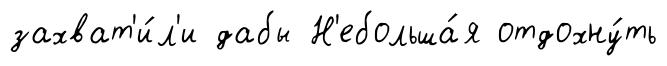
захват'и́л'и дабы Н'ебольша́я отдохну́ть